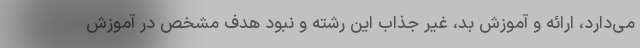
می‌دارد، ارائه و آموزش بد، غیر جذاب این رشته و نبود هدف مشخص در آموزش